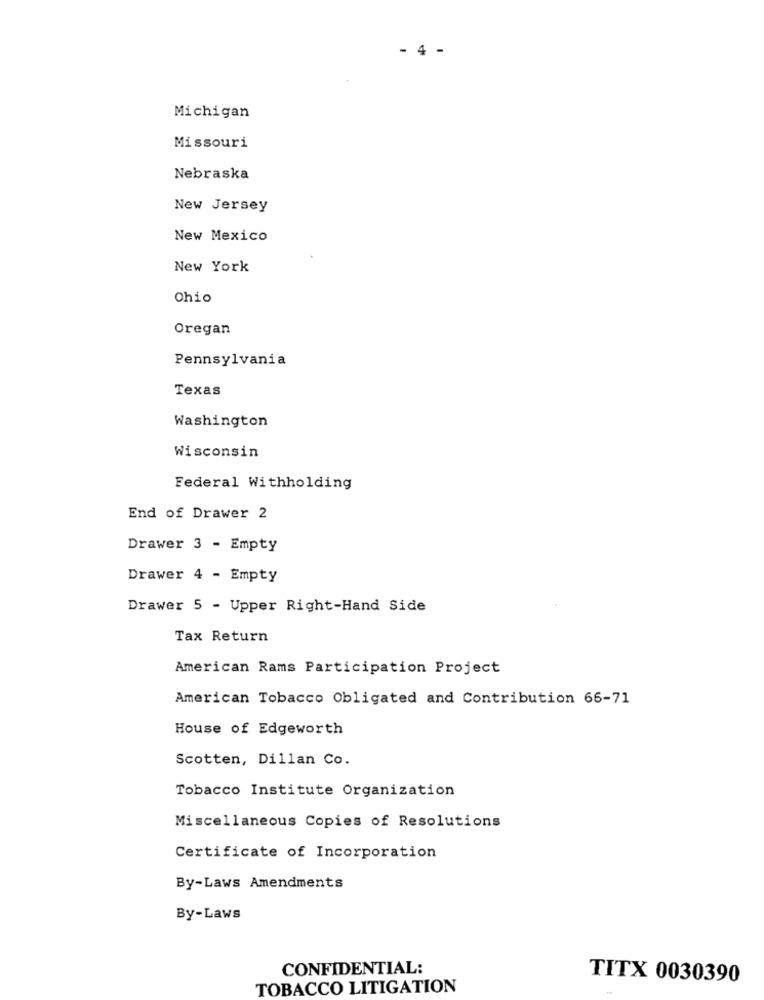
- 4 -
Michigan
Missouri
Nebraska
New Jersey
New Mexico
New York
Ohio
Oregan
Pennsylvania
Texas
Washington
Wisconsin
Federal Withholding
End of Drawer 2
Drawer 3 - Empty
Drawer 4 - Empty
Drawer 5 - Upper Right-Hand Side
Tax Return
American Rams Participation Project
American Tobacco Obligated and Contribution 66-71
House of Edgeworth
Scotten, Dillan Co.
Tobacco Institute Organization
Miscellaneous Copies of Resolutions
Certificate of Incorporation
By-Laws Amendments
By-Laws
CONFIDENTIAL:
TITX 0030390
TOBACCO LITIGATION